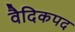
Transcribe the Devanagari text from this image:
वैदिकपद